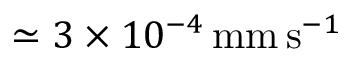
\simeq 3 \times 1 0 ^ { - 4 } \, \mathrm { m m \, s } ^ { - 1 }